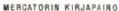
MERCATORIN KIRJAPAINO